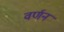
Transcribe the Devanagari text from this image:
वर्णनं